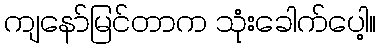
ကျနော်မြင်တာက သုံးခေါက်ပေါ့။